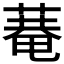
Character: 𦹕